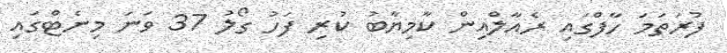
ފުރަތަމަ ހާފްގައި ރެއާލްއިން ކާމިޔާބު ކުރި ފަހު ގޯލު 37 ވަނަ މިނެޓްގައި